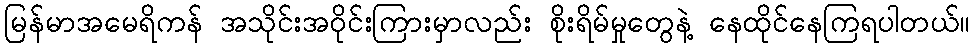
မြန်မာအမေရိကန် အသိုင်းအဝိုင်းကြားမှာလည်း စိုးရိမ်မှုတွေနဲ့ နေထိုင်နေကြရပါတယ်။